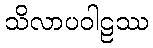
သိလာပဝါဠဿ